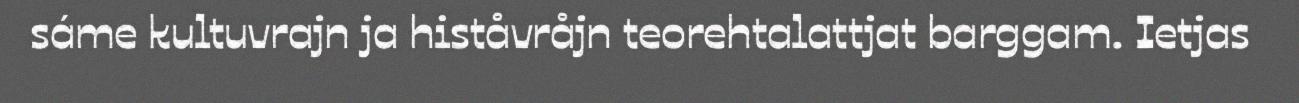
sáme kultuvrajn ja histåvråjn teorehtalattjat barggam. Ietjas